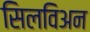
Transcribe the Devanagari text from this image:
सिलविअन